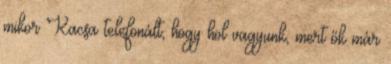
mikor Kacsa telefonált, hogy hol vagyunk, mert ők már